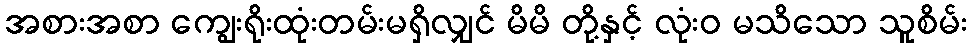
အစားအစာ ကျွေးရိုးထုံးတမ်းမရှိလျှင် မိမိ တို့နှင့် လုံးဝ မသိသော သူစိမ်း